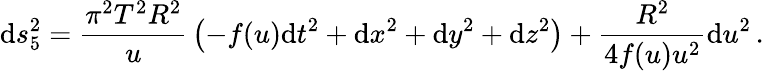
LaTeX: \mathrm{d}s_{5}^{2}={\frac{{\pi^{2}T^{2}R^{2}}}{{u}}}\left(-f(u)\mathrm{d}t^{2}+\mathrm{d}x^{2}+\mathrm{d}y^{2}+\mathrm{d}z^{2}\right)+{\frac{{R^{2}}}{{4f(u)u^{2}}}}\mathrm{d}u^{2}\, .